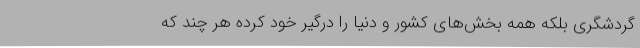
گردشگری بلکه همه بخش‌های کشور و دنیا را درگیر خود کرده هر چند که